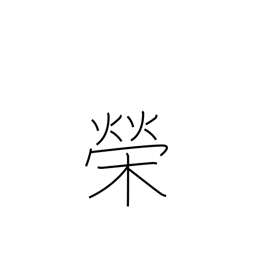
Meaning: splendour